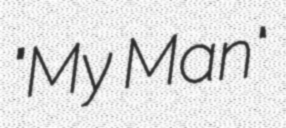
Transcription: "My Man"